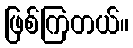
ဖြစ်ကြတယ်။